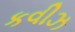
કવીઝ